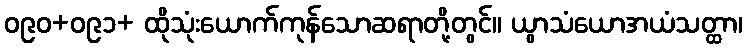
ဝ၉၀+ဝ၉၁+ ထိုသုံးယောက်ကုန်သောဆရာတို့တွင်။ ယွာသံယောအယံသတ္ထာ၊